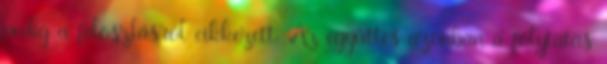
pedig a feloszlásról cikkezett. Az együttes azonban a folytatás